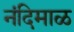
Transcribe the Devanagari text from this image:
नंदिमाळ